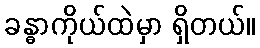
ခန္ဓာကိုယ်ထဲမှာ ရှိတယ်။